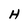
Character: H